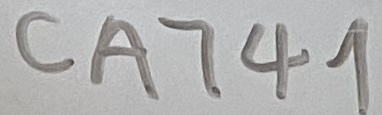
Text: CA741